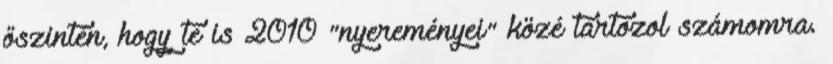
őszintén, hogy te is 2010 "nyereményei" közé tartozol számomra.